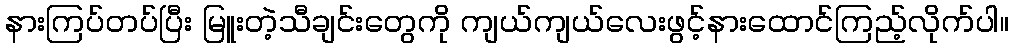
နားကြပ်တပ်ပြီး မြူးတဲ့သီချင်းတွေကို ကျယ်ကျယ်လေးဖွင့်နားထောင်ကြည့်လိုက်ပါ။